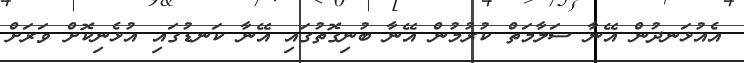
އެއުޅަނދުން އޭނާ ސަލާމަތް ކުރުމުން އޭނާ ބުނިގޮތުގައި އޭނާ ކަނޑުގައި އުޅެނިކޮށް ވަރަށް